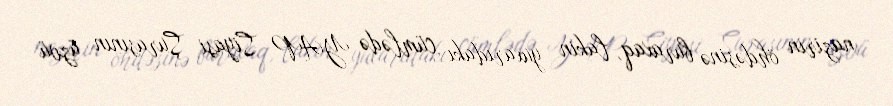
nazirin öhdəsinə buraxaq, lakin yuxarıdakı cümlədə YAP Siyasi Şurasının üzvü